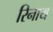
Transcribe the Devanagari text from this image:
रिनाय